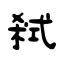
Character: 弒